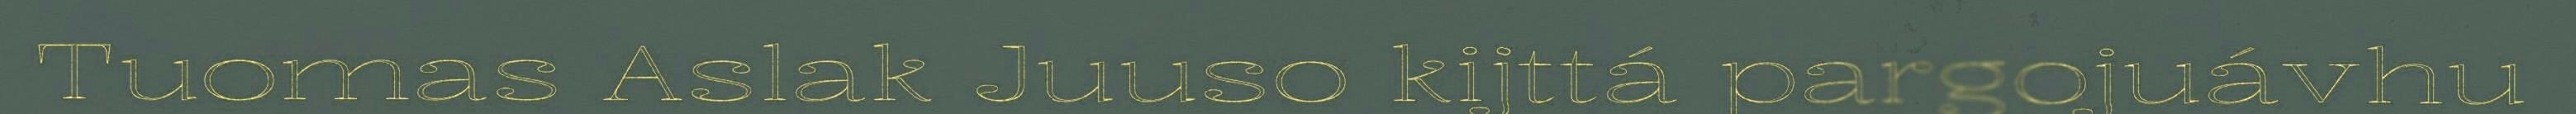
Tuomas Aslak Juuso kijttá pargojuávhu